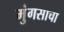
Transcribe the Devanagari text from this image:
मुंगसाचा